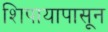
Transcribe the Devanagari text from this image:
शिपायापासून